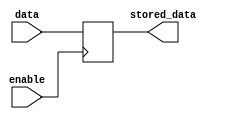
module latch (
    input data,
    input enable,
    output reg stored_data
);

always @(posedge enable) begin
    stored_data <= data;
end

endmodule